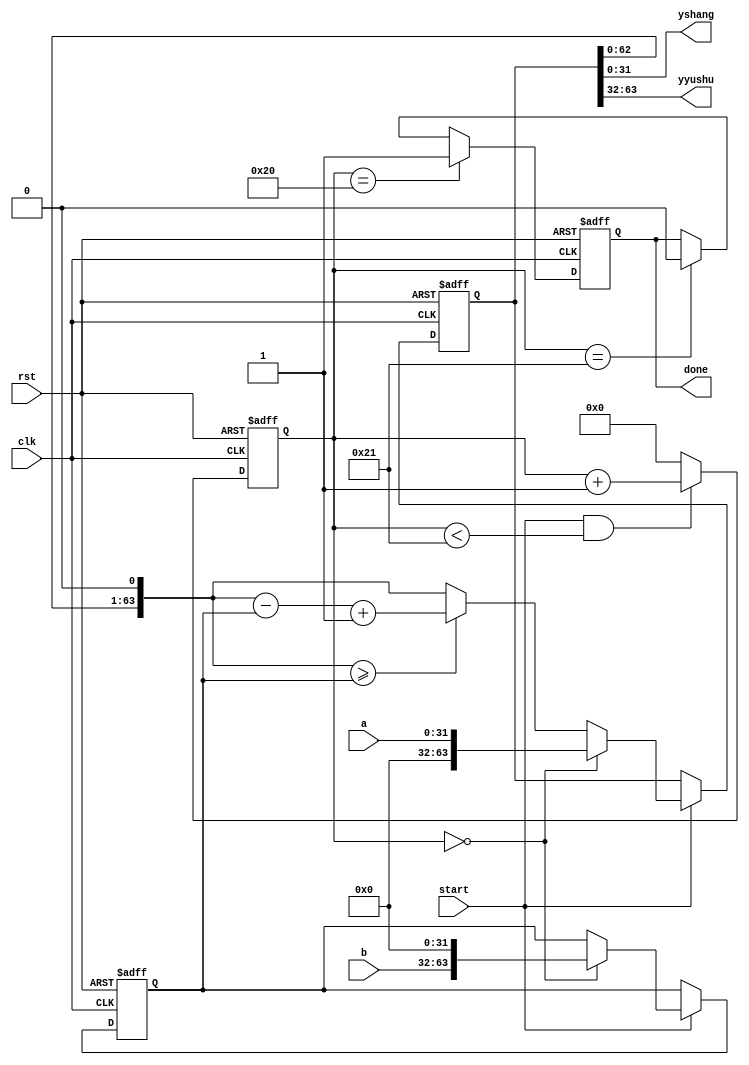
`timescale 1ns / 1ps
//////////////////////////////////////////////////////////////////////////////////
// Company: 
// Engineer: 
// 
// Design Name: 
// Module Name:    div 
// Project Name: 
// Target Devices: 
// Tool versions: 
// Description: 
//
// Dependencies: 
//
// Revision: 
// Revision 0.01 - File Created
// Additional Comments: 
//
//////////////////////////////////////////////////////////////////////////////////
module div(
        input clk,rst,
        input start,
        input [31:0] a,
        input [31:0] b,
        output done,
        output [31:0] yshang,
        output [31:0] yyushu
        ); 
reg[63:0] temp_a;
reg[63:0] temp_b;
reg[5:0] i;
reg done_r;

always @(posedge clk or posedge rst)begin
    if(rst) i = 6'd0;
    else if(start&&i<6'd33) i = i+1'b1; 
    else i = 6'd0;
end

always @(posedge clk or posedge rst)
    if(rst) done_r = 1'b0;
    else if(i == 6'd32) done_r = 1'b1;        
    else if(i == 6'd33) done_r = 1'b0;        
assign done = done_r;

always @ (posedge clk or posedge rst)begin
    if(rst) begin
        temp_a = 64'h0;
        temp_b = 64'h0;
    end
    else if(start) begin
        if(i == 6'd0) begin
            temp_a = {32'h00000000,a};
            temp_b = {b,32'h00000000}; 
        end
        else begin
            temp_a = temp_a << 1;
      if(temp_a >= temp_b) temp_a = temp_a - temp_b + 1'b1;
      else temp_a = temp_a;
        end
     end
end
 
assign yshang = temp_a[31:0];
assign yyushu = temp_a[63:32];
endmodule